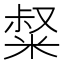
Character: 𥺤